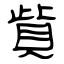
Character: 貲